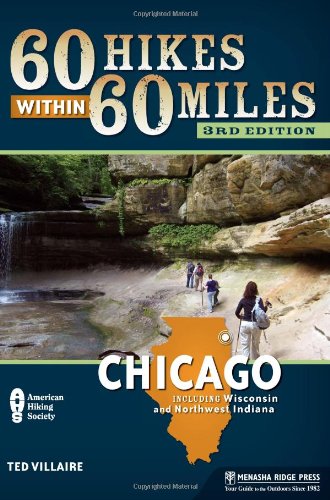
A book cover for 60 Hikes Within 60 Miles: Chicago: Including Wisconsin and Northwest Indiana; Ted Villaire; Health, Fitness & Dieting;